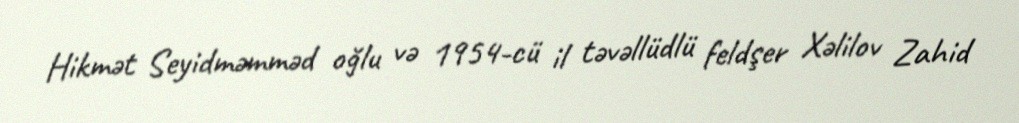
Hikmət Seyidməmməd oğlu və 1954-cü il təvəllüdlü feldşer Xəlilov Zahid